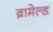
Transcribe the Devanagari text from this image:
ब्रामेल्ड